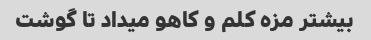
بیشتر مزه کلم و کاهو میداد تا گوشت